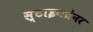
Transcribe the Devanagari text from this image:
स्टाइनब्रेनर